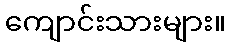
ကျောင်းသားများ။